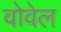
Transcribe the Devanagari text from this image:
वोवेल